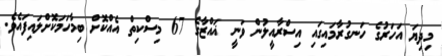
މިދިޔަ އަހަރުގެ ހަނގުރާމައިގައި އިސްރާއީލުން ވަނީ ޣައްޒާގެ 67 މިސްކިތް އެއްކޮށް ބިމާހަމަކޮށްލައިފައެވެ.